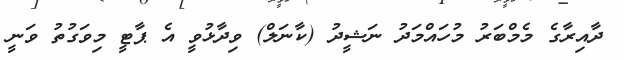
ދާއިރާގެ މެމްބަރު މުހައްމަދު ނަޝީދު (ކާނަލް) ވިދާޅުވީ އެ ޕާޓީ މިވަގުތު ވަނީ